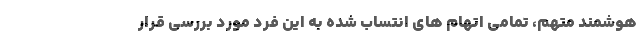
هوشمند متهم، تمامی اتهام های انتساب شده به این فرد مورد بررسی قرار